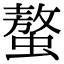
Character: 螯